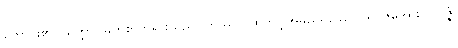
တောင်း၏။ သတ္ထာ၊ မြတ်စွာဘုရားသည်။ တဿာ၊ ထိုဘဒ္ဒါအမည်ရှိသော ပရိဗိုဇ်မအား။ ပဗ္ဗဇ္ဇံ၊